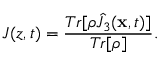
J ( z , t ) = { \frac { T r [ \rho \hat { J } _ { 3 } ( { \bf x } , t ) ] } { T r [ \rho ] } } .